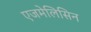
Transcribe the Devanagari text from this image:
एजमेलिसिन